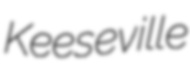
Keeseville